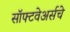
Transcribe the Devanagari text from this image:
सॉफ्टवेअर्सचे